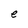
Character: e